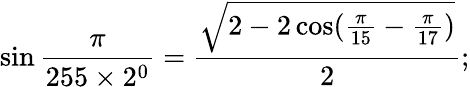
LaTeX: \sin{\frac{\pi}{255\times 2^{0}}}={\frac{\sqrt{2-2\cos({\frac{\pi}{15}}-{\frac{\pi}{17}})}}{2}};